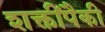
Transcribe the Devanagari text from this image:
शक्तींपैकी